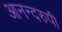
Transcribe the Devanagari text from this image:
आनन्दरुपी